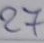
27